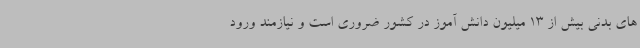
های بدنی بیش از 13 میلیون دانش آموز در کشور ضروری است و نیازمند ورود